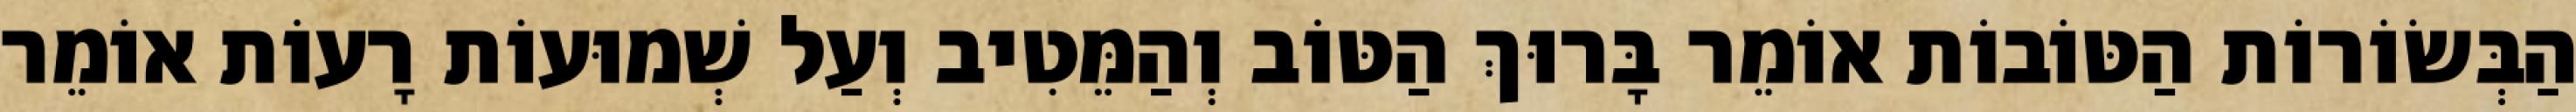
הַבְּשׂוֹרוֹת הַטּוֹבוֹת אוֹמֵר בָּרוּךְ הַטּוֹב וְהַמֵּטִיב וְעַל שְׁמוּעוֹת רָעוֹת אוֹמֵר